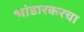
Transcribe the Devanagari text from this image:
भांडारकरचा